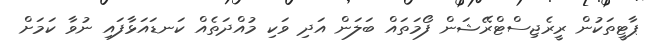
ޕާޓީތަކުން ރީރެޖިސްޓްރޭޝަން ފޯމަތައް ބަލަން އަދި ވަކި މުއްދަތެއް ކަނޑައަޅާފައި ނުވާ ކަމަށް